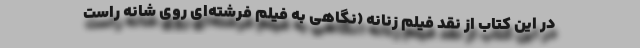
در این کتاب از نقد فیلم زنانه (نگاهی به فیلم فرشته‌ای روی شانهٔ راست